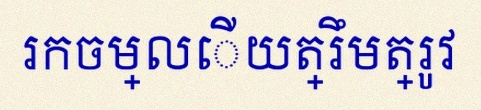
រកចម្លើយត្រឹមត្រូវ